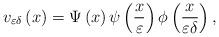
LaTeX: \begin{align*}v_{\varepsilon\delta}\left( x\right) =\Psi\left( x\right) \psi\left(\frac{x}{\varepsilon}\right) \phi\left( \frac{x}{\varepsilon\delta}\right), \end{align*}